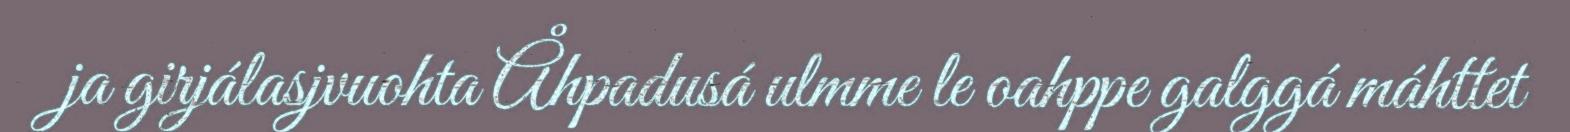
ja girjálasjvuohta Åhpadusá ulmme le oahppe galggá máhttet